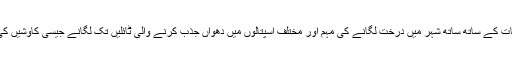
ان اقدامات کے ساتھ ساتھ شہر میں درخت لگانے کی مہم اور مختلف اسپتالوں میں دھواں جذب کرنے والی ٹائلیں تک لگانے جیسی کاوشیں کی گئیں ۔